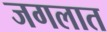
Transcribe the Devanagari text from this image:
जगलात